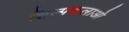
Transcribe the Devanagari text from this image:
शिल्पकलाओ